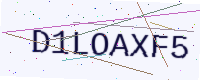
Text: D1LOAXF5